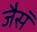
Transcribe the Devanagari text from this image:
जैसॅ